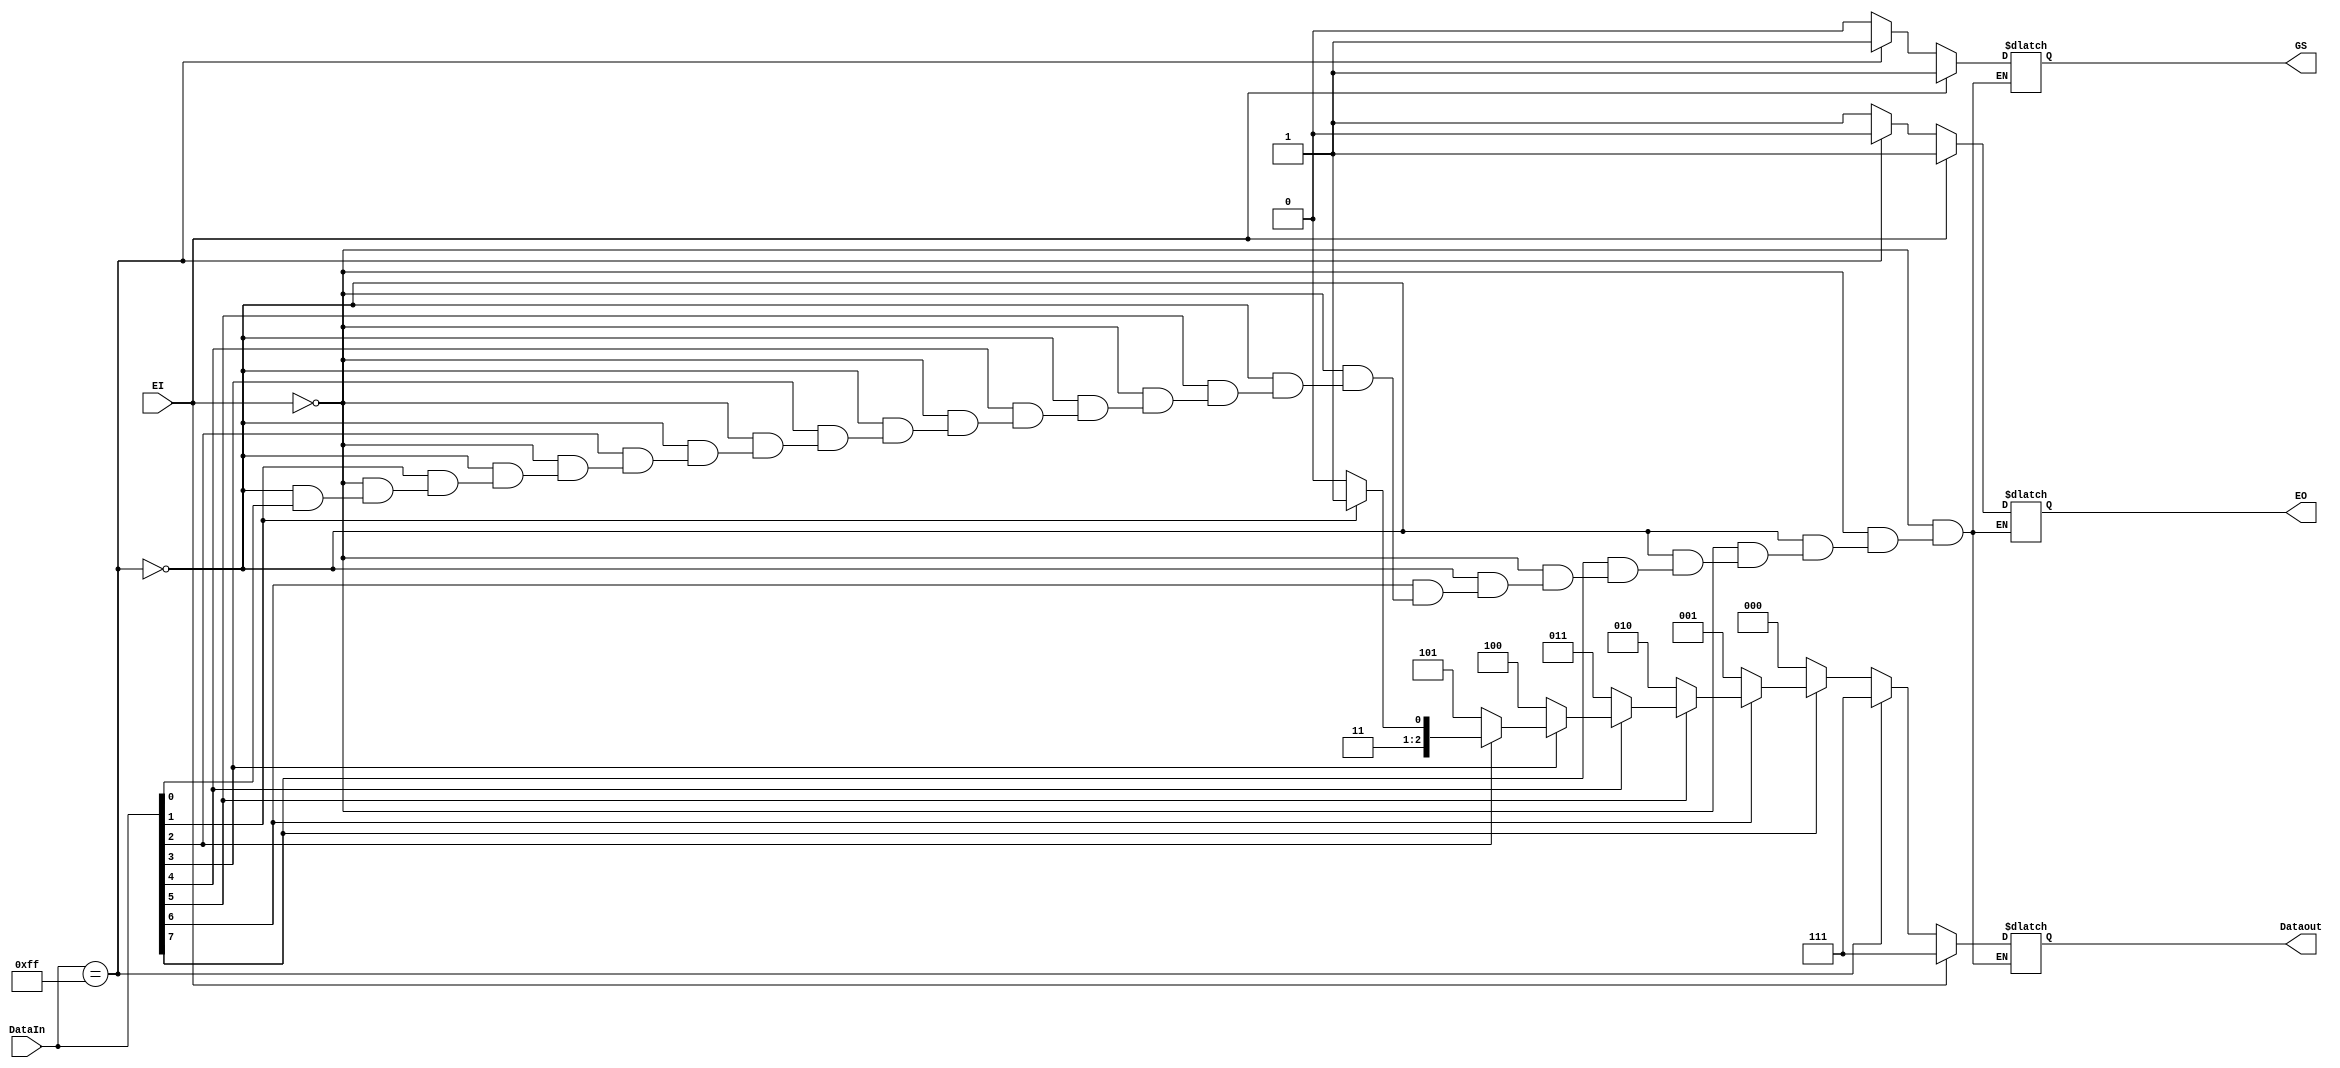
// 5932_74HC148.v
module HC148(DataIn,EO,Dataout,EI,GS);
input [7:0]DataIn;input EI;output EO;output [2:0]Dataout;output GS;
reg [2:0]Dataout;reg EO;reg GS;integer I;

always@(DataIn or EI)
 begin:local
  if(EI)
   begin
    Dataout=7;
    EO=1;
    GS=1;
   end
  else if(DataIn==16'b11111111)
   begin
    Dataout=7;
    EO=0;
    GS=1;
   end
  else
  begin
   for(I=0;I<8;I=I+1)
    begin
     if(~DataIn[I])
      begin 
       Dataout=~I;
       EO=1;
       GS=0;
      end
    end
  end
 end
endmodule